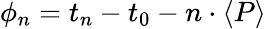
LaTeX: \phi_{n}=t_{n}-t_{0}-n\cdot\langle P\rangle